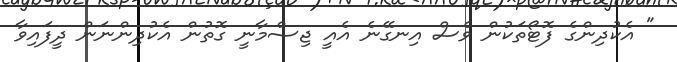
" އެކުދިންގެ ފޮޓޯތަކުން ވެސް އިނގޭނެ އެއީ ޖިސްމާނީ ގޮތުން އެކުދިންނަން ދީފައިވާ